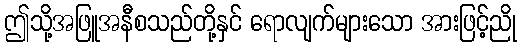
ဤသို့အဖြူအနီစသည်တို့နှင် ရောလျက်များသော အားဖြင့်ညို